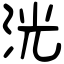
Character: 洸